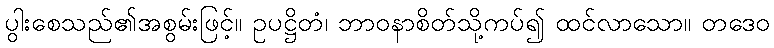
ပွါးစေသည်၏အစွမ်းဖြင့်။ ဥပဋ္ဌိတံ၊ ဘာဝနာစိတ်သို့ကပ်၍ ထင်လာသော။ တဒေဝ